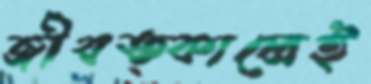
জীবত্কালেই